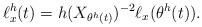
LaTeX: \begin{align*}\ell_{x}^{h}(t)=h(X_{\theta^{h}(t)})^{-2}\ell_{x}(\theta^{h}(t)).\end{align*}